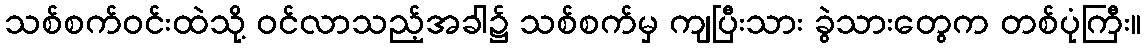
သစ်စက်ဝင်းထဲသို့ ဝင်လာသည့်အခါ၌ သစ်စက်မှ ကျပြီးသား ခွဲသားတွေက တစ်ပုံကြီး။